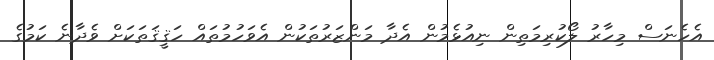
އެހެނަސް މިހާރު ލޯކުރިމަތިން ނިއުޅެމުން އެދާ މަންޒަރުތަކުން އެވަހުމުތައް ހަޤީޤަތަކަށް ވެދާނެ ކަމުގެ